Tezpur Lunatic Asylum reports 1877-1894 - 1877-1894
Year: 1877
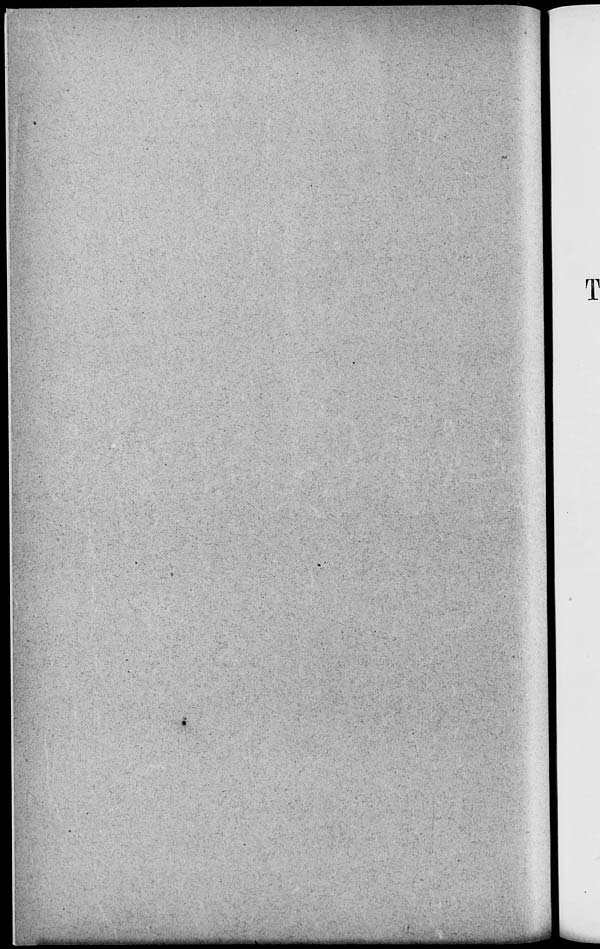
T
^^^^m